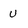
Character: U